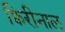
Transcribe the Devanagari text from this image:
क्विरीनाल